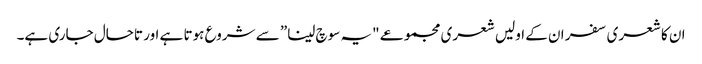
ان کا شعری سفر ان کے اولیں شعری مجموعے "یہ سوچ لینا” سے شروع ہوتا ہے اور تاحال جاری ہے۔